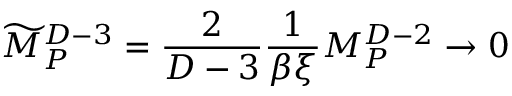
{ \widetilde M } _ { P } ^ { D - 3 } = { \frac { 2 } { D - 3 } } { \frac { 1 } { \beta \xi } } M _ { P } ^ { D - 2 } \rightarrow 0